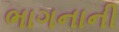
ભાગનાની